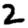
Digit: 2